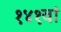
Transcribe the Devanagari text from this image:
१४१वां